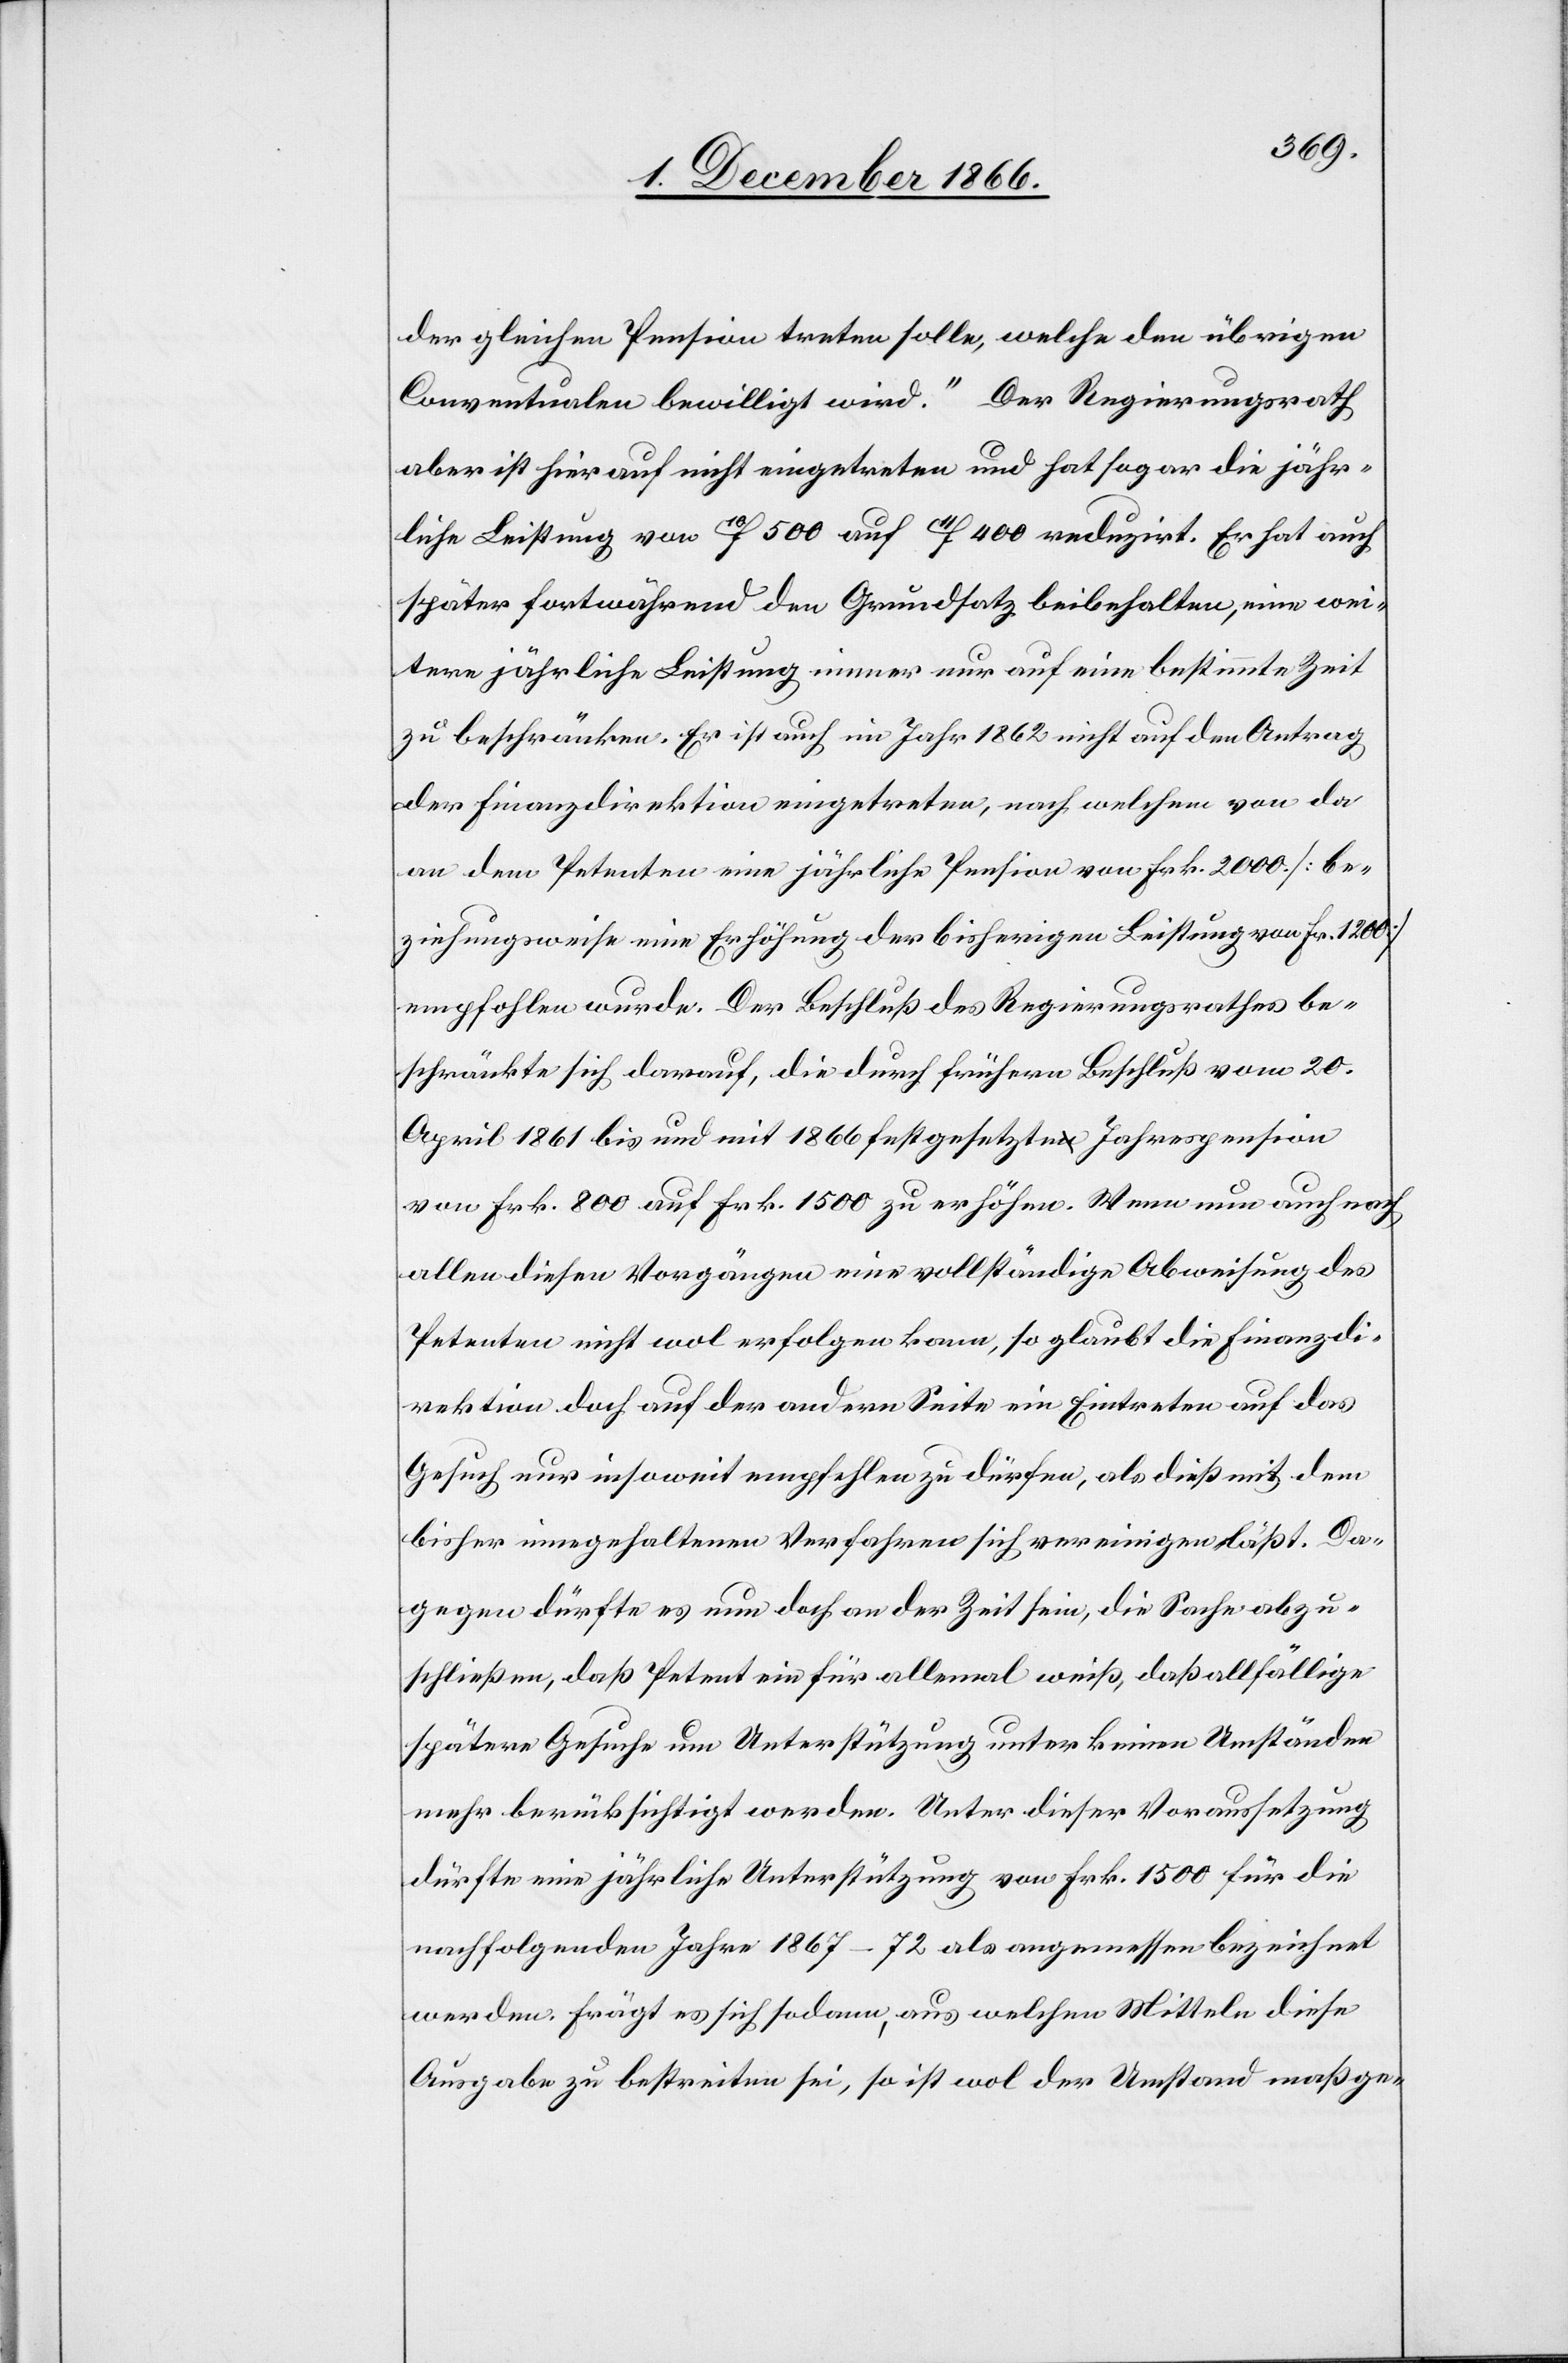
der gleichen Pension treten solle, welche den übrigen
Conventualen bewilligt wird.“ Der Regierungsrath
aber ist hierauf nicht eingetreten und hat sogar die jähr¬
liche Leistung von 10F 500 auf 11F 400 reduzirt. Er hat auch
später fortwährend den Grundsatz beibehalten, eine wei¬
tere jährliche Leistung immer nur auf eine bestimmte Zeit
zu beschränken. Er ist auch im Jahr 1862 nicht auf den Antrag
der Finanzdirektion eingetreten, nach welchem von da
an dem Petenten eine jährliche Pension von Frk. 2000 [be¬
ziehungsweise eine Erhöhung der bisherigen Leistung von Fr. 1200]
empfohlen wurde. Der Beschluß des Regierungsrathes be¬
schränkte sich darauf, die durch frühern Beschluß vom 20.
April 1861 bis und mit 1866 festgesetzte Jahrespension
von Frk. 800 auf Frk. 1500 zu erhöhen. Wenn nun auch nach
allen diesen Vorgängen eine vollständige Abweisung des
Petenten nicht wol erfolgen kann, so glaubt die Finanzdi¬
rektion doch auf der andern Seite ein Eintreten auf das
Gesuch nur insoweit empfehlen zu dürfen, als dieß mit dem
bisher eingehaltenen Verfahren sich vereinigen läßt. Da¬
gegen dürfte es nun doch an der Zeit sein, die Sache abzu¬
schließen, daß Petent ein für allemal weiß, daß allfällige
spätere Gesuche um Unterstützung unter keinen Umständen
mehr berücksichtigt werden. Unter dieser Voraussetzung
dürfte eine jährliche Unterstützung von Frk. 1500 für die
nachfolgenden Jahre 1867–72 als angemessen bezeichnet
werden. Frägt es sich sodann, aus welchen Mitteln diese
Ausgabe zu bestreiten sei, so ist wol der Umstand maßge-